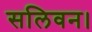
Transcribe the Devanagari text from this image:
सलिवन।